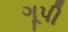
ગૂપી